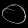
Digit: ၀